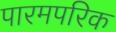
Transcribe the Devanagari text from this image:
पारमपरिक